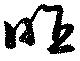
昨